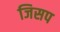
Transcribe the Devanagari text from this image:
जिसप